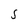
Character: S